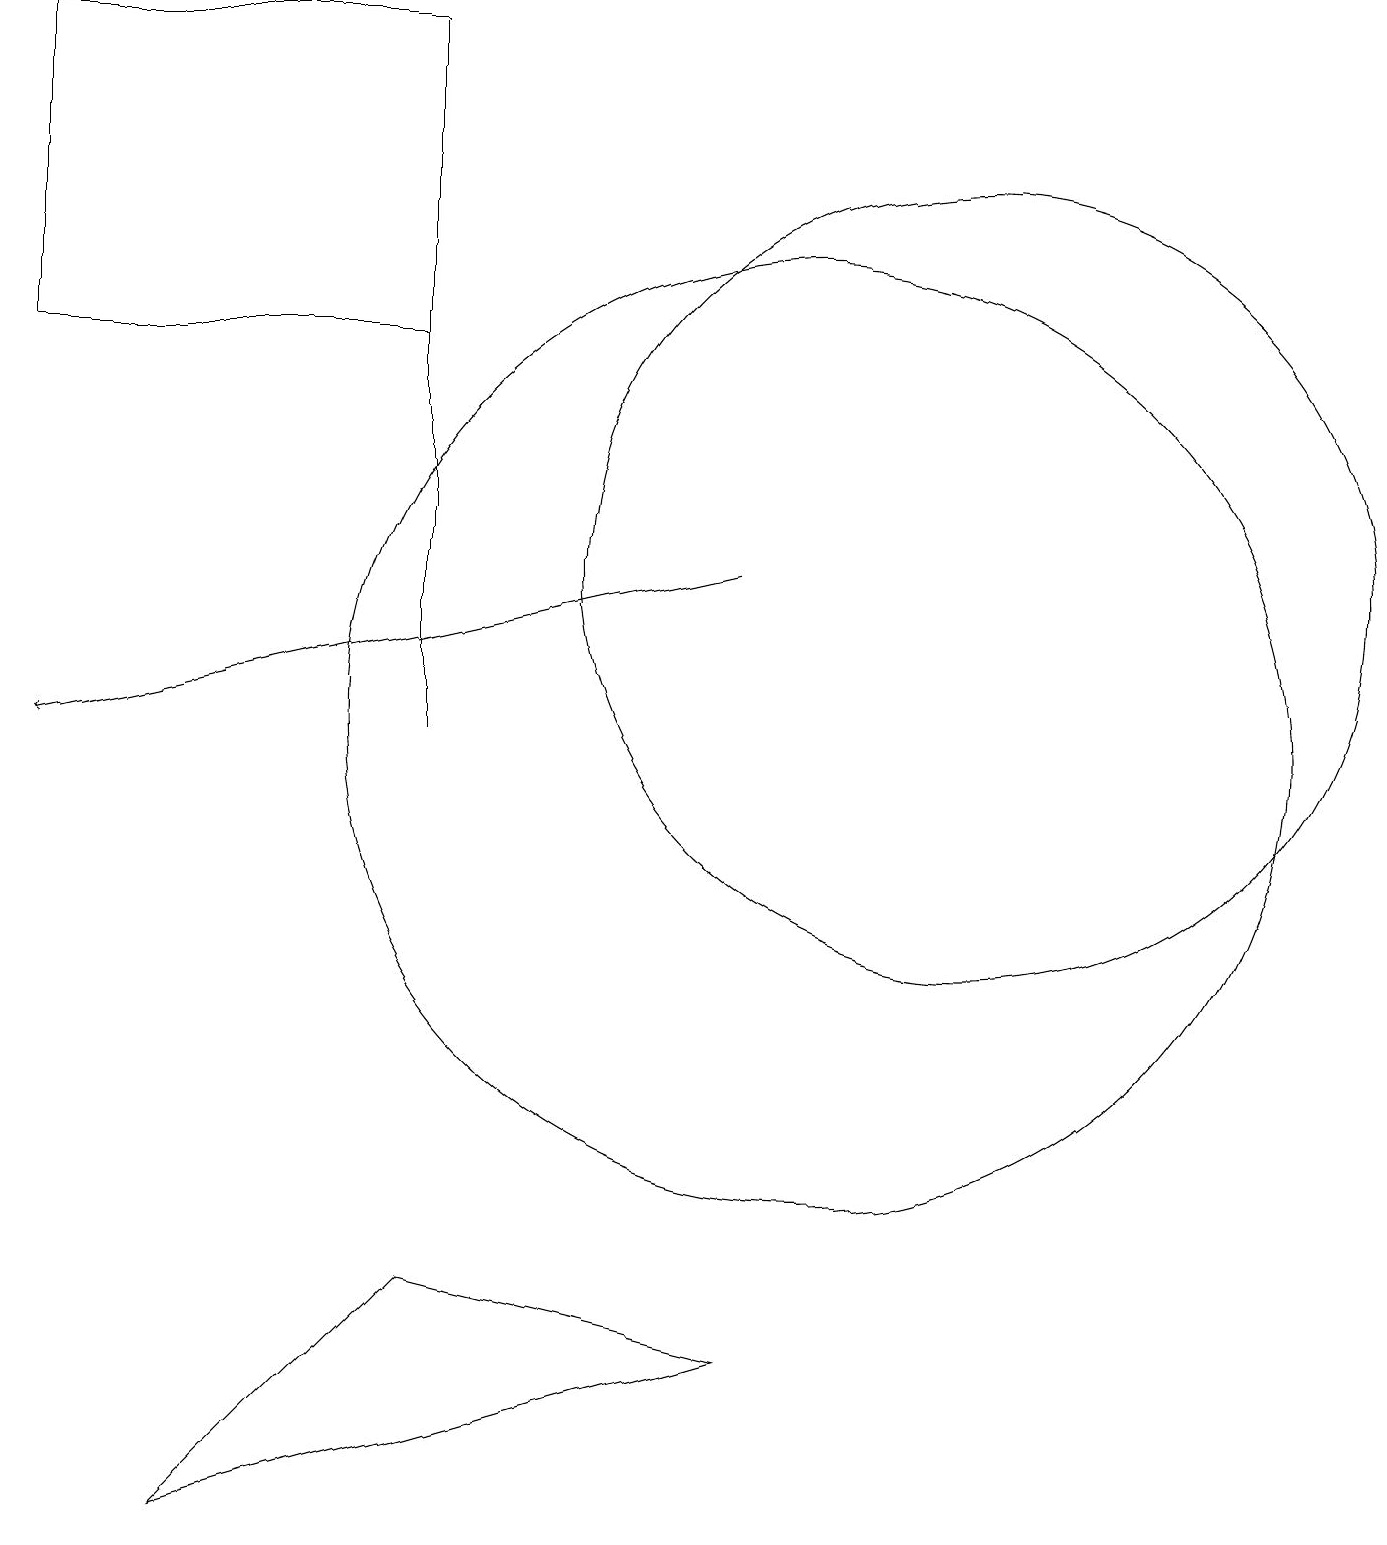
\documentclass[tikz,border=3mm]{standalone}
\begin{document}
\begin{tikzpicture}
\draw[->] (9,12) -- (0,10);
\draw (0,15) rectangle (5,19);
\draw (10,10) circle (6);
\draw (9,2) -- (2,0) -- (5,3) -- cycle;
\draw (5,19) rectangle (5,10);
\draw (12,12) circle (5);
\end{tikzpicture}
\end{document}